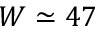
W \simeq 4 7